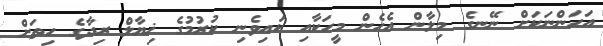
އަހަންނަކަށް ނޭނގެ މިލާން އެހެން މީހަކާއި ކައިވެނި ކުރުމުގެ ޚިޔާލް ރިދާގެ ހިތަށް